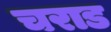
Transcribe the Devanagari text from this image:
चराड